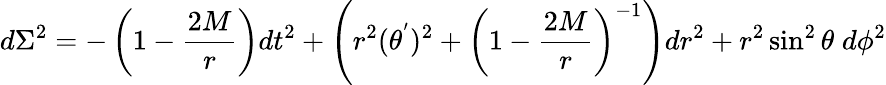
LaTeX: d\Sigma^{2}=-\left(1-\frac{2M}{r}\right)dt^{2}+\left(r^{2}(\theta^{'})^{2}+\left(1-\frac{2M}{r}\right)^{-1}\right)dr^{2}+r^{2}\sin^{2}\theta\; d\phi^{2}